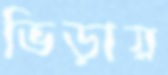
ভিড়ায়